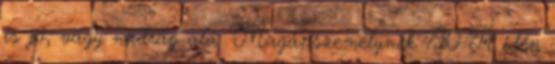
is jó, vagy nadrág alá. Magánszemélynek 790 Ft idén